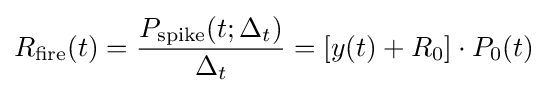
R_{\text{fire}}(t)={\frac {P_{\text{spike}}(t;\Delta _{t})}{\Delta _{t}}}=[y(t)+R_{0}]\cdot P_{0}(t)